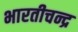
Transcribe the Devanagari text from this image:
भारतीचन्द्र